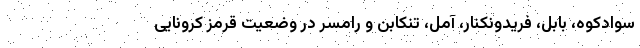
سوادکوه، بابل، فریدونکنار، آمل، تنکابن و رامسر در وضعیت قرمز کرونایی